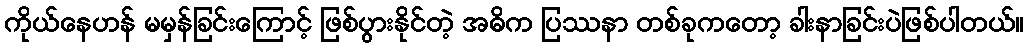
ကိုယ်နေဟန် မမှန်ခြင်းကြောင့် ဖြစ်ပွားနိုင်တဲ့ အဓိက ပြဿနာ တစ်ခုကတော့ ခါးနာခြင်းပဲဖြစ်ပါတယ်။